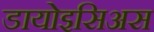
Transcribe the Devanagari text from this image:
डायोइसिअस